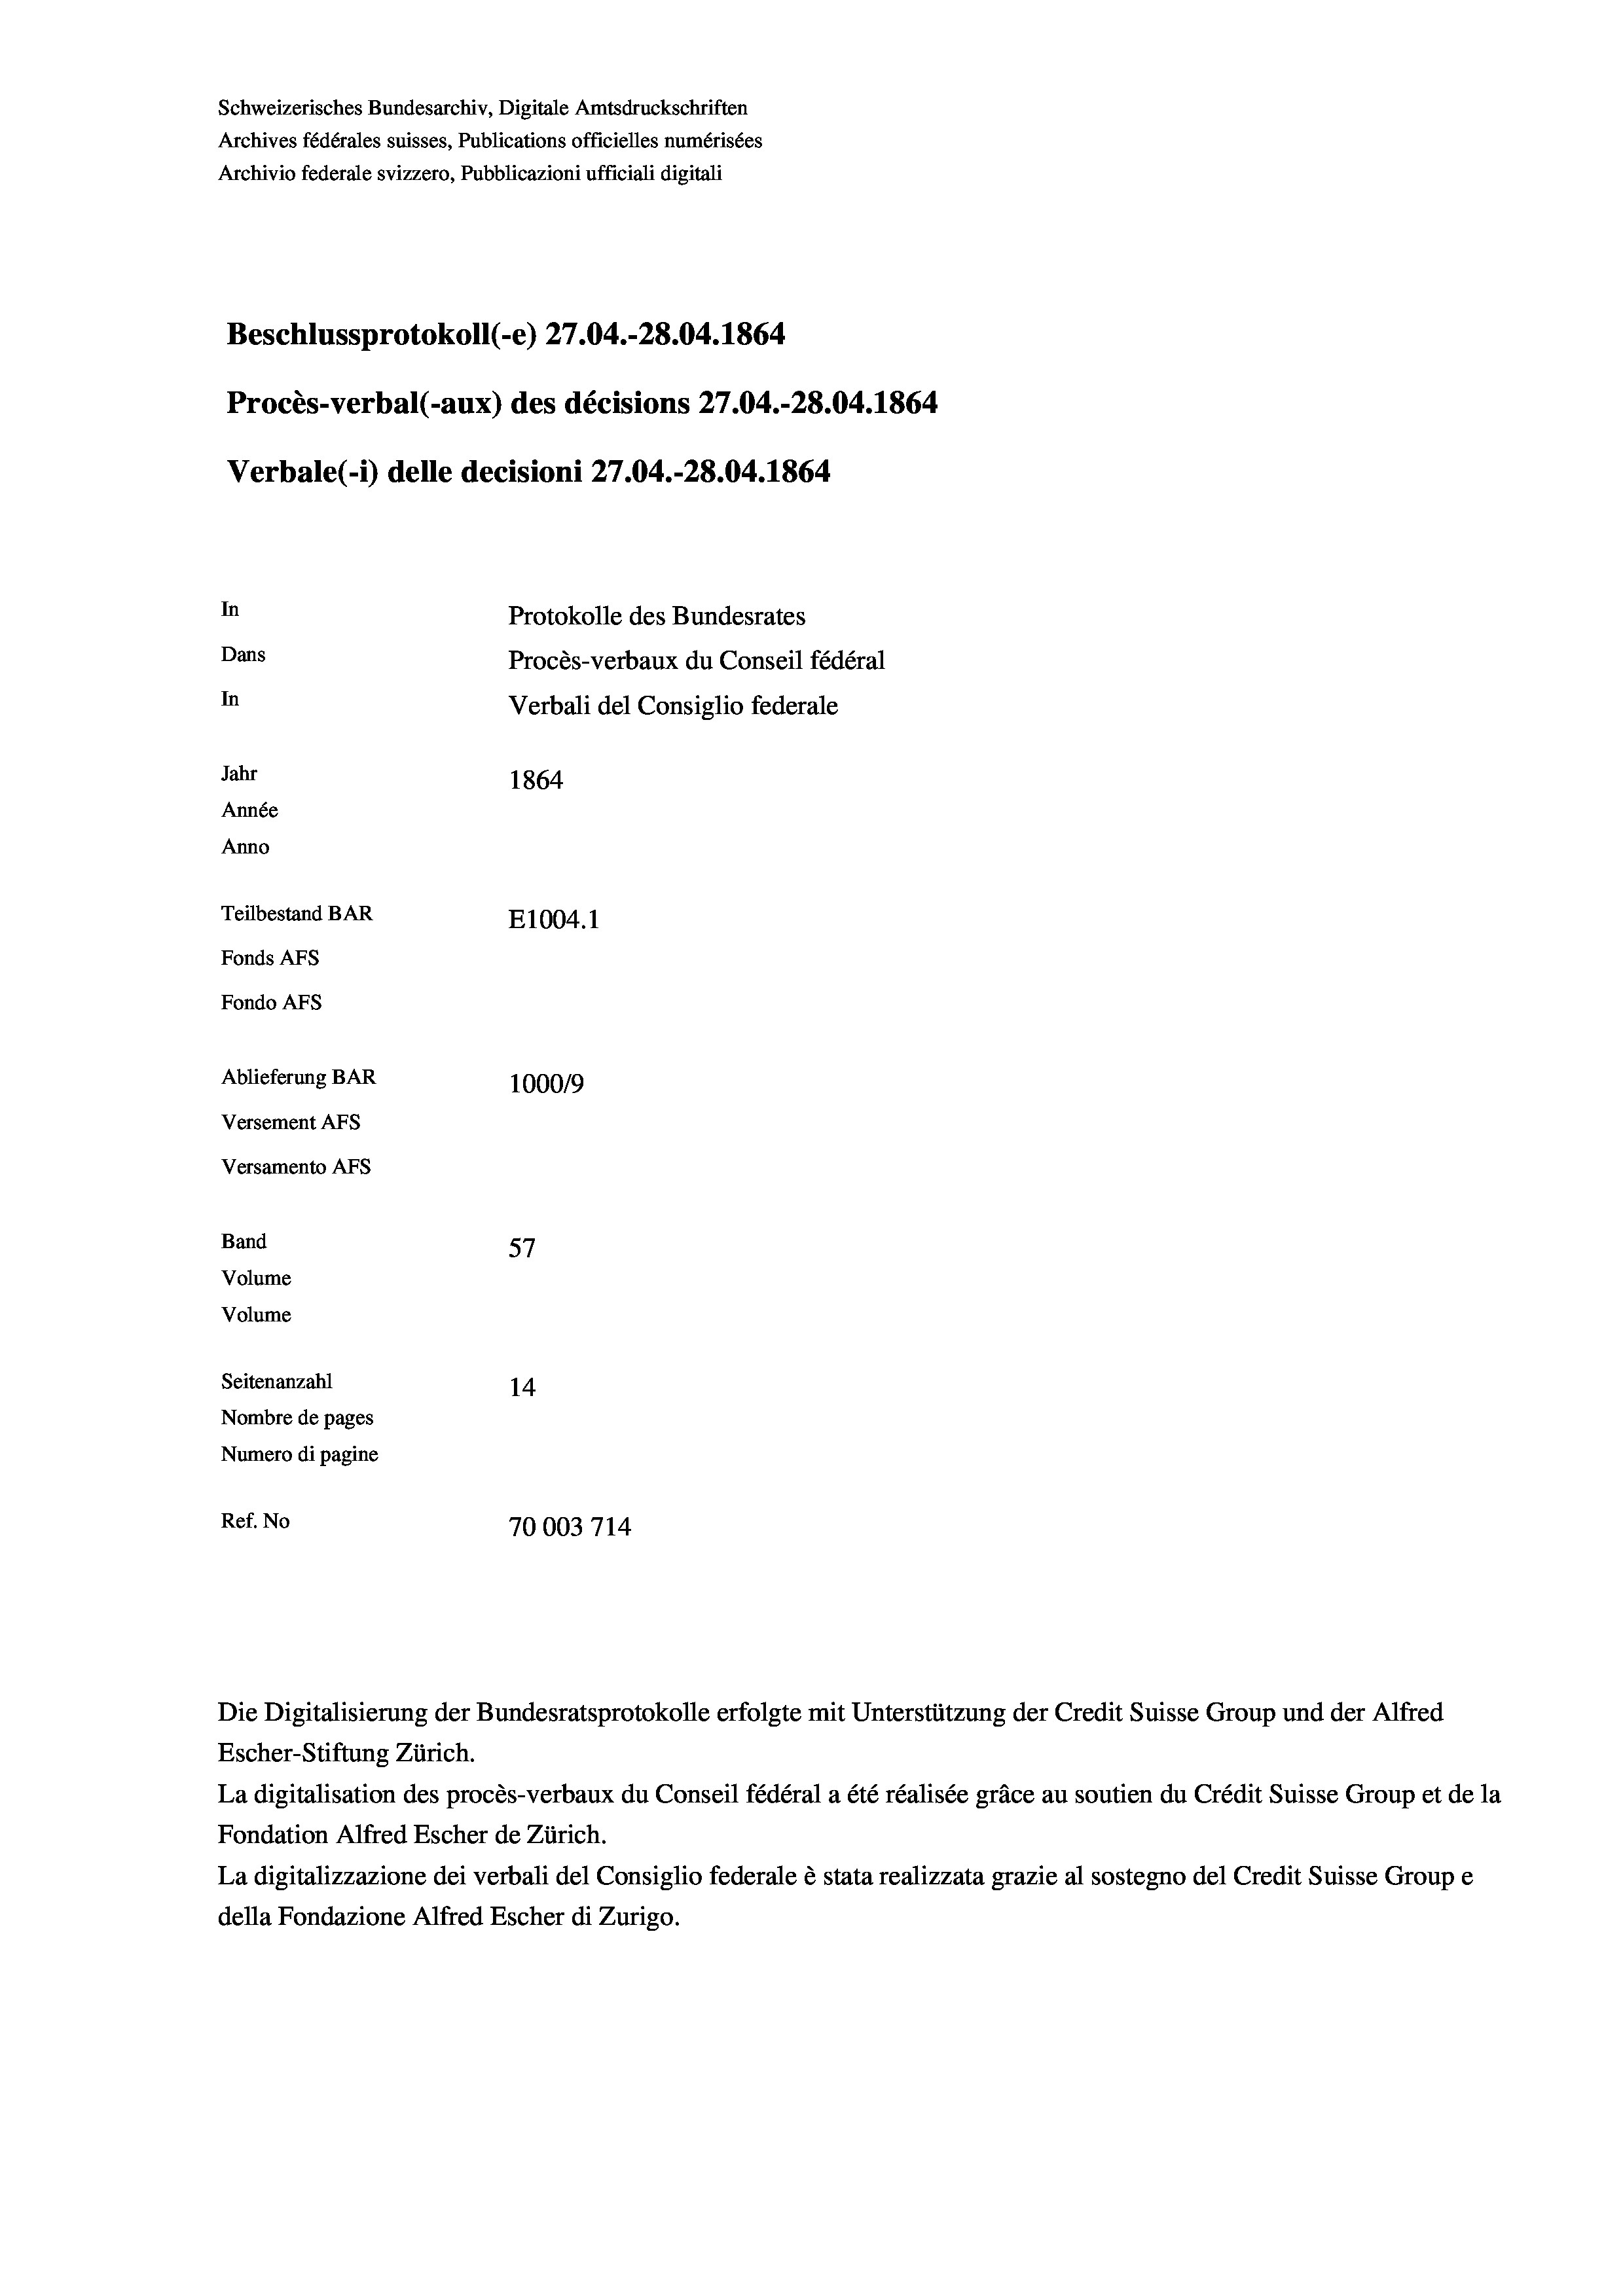
Schweizerisches Bundesarchiv, Digitale Amtsdruckschriften
Archives fédérales suisses, Publications officielles numérisées
Archivio federale svizzero, Pubblicazioni ufficiali digitali
Beschlussprotokoll (-e) 27.04.-28.04. 1864
Procès-verbal (-aux) des décisions 27.04.-28.04. 1864
Verbale (1) delle decisioni 27.04.-28.04. 1864.
In
Protokolle des Bundesrates
Dans
Procès-verbaux du Conseil fédéral
In
Verbali del Consiglio federale
Jahr
1864
Année
Anno
Teilbestand BAR
E1004.1
Fonds AFs
Fondo AFS
Ablieferung BAR
100019
Versement AFs
Versamento Afs

Band
Volume
Volume
Seitenanzahl

f
57
14
Nombre de pages
Numero di pagine
Ref. No
70003714

La digitalisation des procès-verbaux du Conseil fédéral a été réalisée gräce au soutien du Crédit Suisse Group et de la
Fondation Alfred Escher de Zürich.
La digitalizzazione dei verbali del Consiglio federale è stata realizzata grazie al sostegno del Credit Suisse Groupe
della Fondazione Alfred Escher di Zurigo.

Die Digitalisierung der Bundesratsprotokolle erfolgte mit Unterstützung der Credit Suisse Group und der Alfred
Escher-Stiftung Zürich.